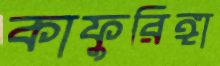
কাফুরিঙ্গা